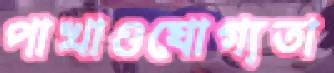
পাখাওযোগ্যতা